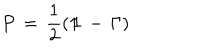
P \, = \, \frac { 1 } { 2 } ( 1 \! \! 1 \, - \, \Gamma )